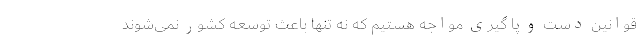
قوانین دست و پا گیری مواجه هستیم که نه تنها باعث توسعه کشور نمی‌شوند